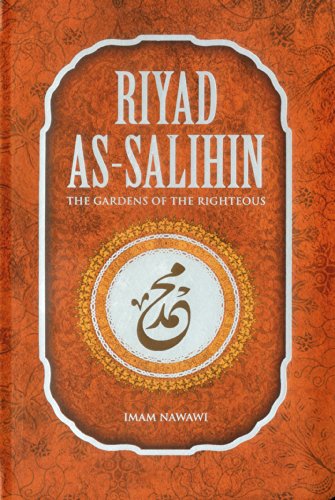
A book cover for Riyad As Salihin: The Gardens of the Righteous; Imam Nawawi; Religion & Spirituality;